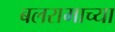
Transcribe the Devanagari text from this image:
बलरामाच्या